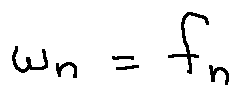
w _ { n } = f _ { n }